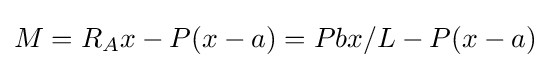
M=R_{A}x-P(x-a)=Pbx/L-P(x-a)